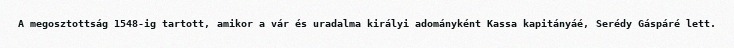
A megosztottság 1548-ig tartott, amikor a vár és uradalma királyi adományként Kassa kapitányáé, Serédy Gáspáré lett.